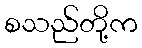
စသည်တို့က